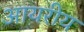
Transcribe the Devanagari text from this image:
आयरीय